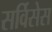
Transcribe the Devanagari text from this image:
सर्विसेस